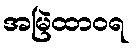
အမြဲထာဝရ